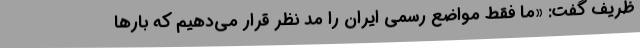
ظریف گفت: «ما فقط مواضع رسمی ایران را مد نظر قرار می‌دهیم که بارها